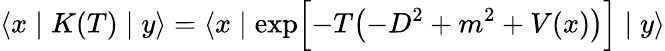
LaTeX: \langle x\mid K(T)\mid y\rangle=\langle x\mid\exp\Bigl[-T\bigl(-D^{2}+m^{2}+V(x)\bigr)\Bigr]\mid y\rangle